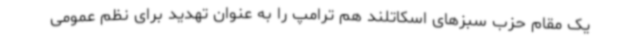
یک مقام حزب سبزهای اسکاتلند هم ترامپ را به عنوان تهدید برای نظم عمومی